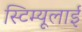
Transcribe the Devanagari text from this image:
स्टिम्यूलाई